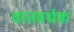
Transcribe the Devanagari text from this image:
वातवर्धक